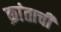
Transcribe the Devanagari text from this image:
क्रांताची